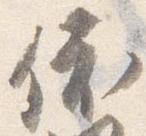
依